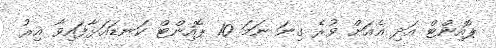
ޕޮއިންޓް އަދި އެއަށް ވުރެ ގިނަ ނަމަ 10 ޕޮއިންޓް ކަނޑައަޅާފައިވާ އިރު